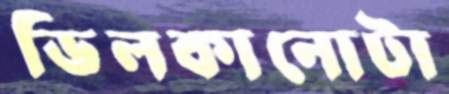
ভিলকানোটা